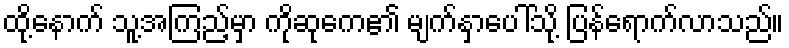
ထို့နောက် သူ့အကြည့်မှာ ကိုဆုကေ၏ မျက်နှာပေါ်သို့ ပြန်ရောက်လာသည်။